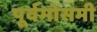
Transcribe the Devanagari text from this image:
पूर्वमोसमी